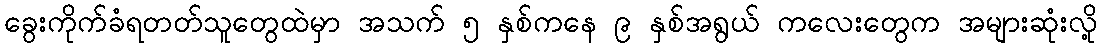
ခွေးကိုက်ခံရတတ်သူတွေထဲမှာ အသက် ၅ နှစ်ကနေ ၉ နှစ်အရွယ် ကလေးတွေက အများဆုံးလို့